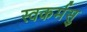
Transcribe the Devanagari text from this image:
स्वकर्मसु